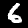
Digit: 6